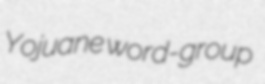
Yojuane word-group